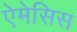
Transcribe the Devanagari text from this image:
ऐमेसिस